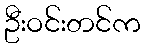
ဦးဝင်းတင်က